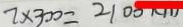
7 \times 3 0 0 = 2 1 0 0 k m